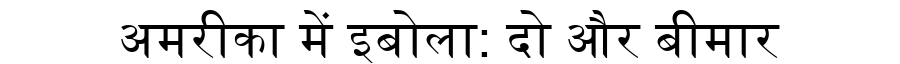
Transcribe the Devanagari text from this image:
अमरीका में इबोला: दो और बीमार